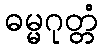
ဓမ္မဂုတ္တံ